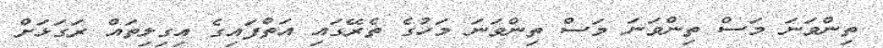
ތިންވަަނަ މަސް ތިންވަނަ މަސް ތިންވަނަ މަހުގެ ތެރޭގައި އަތްފައިގެ އިގިލިތައް ރަގަޅަށް